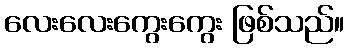
လေးလေးကွေးကွေး ဖြစ်သည်။